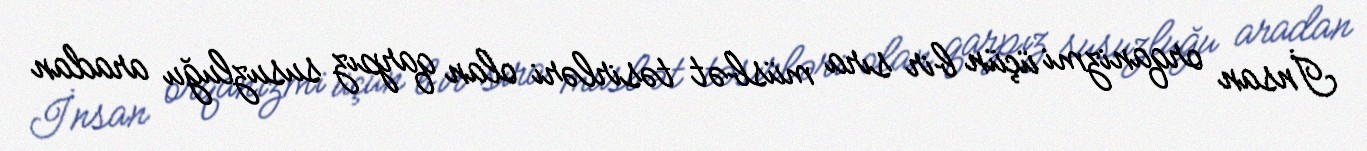
İnsan orqanizmi üçün bir sıra müsbət təsirləri olan qarpız susuzluğu aradan